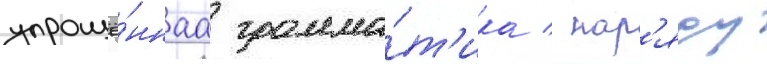
упрощё́ннаа грамма́т'ика / нар'яду